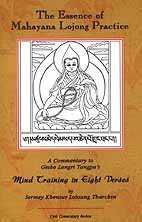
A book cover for The Essence of Mahayana Lojong Practice: An Oral Commentary to Geshe Langri Tangpa's Mind Training in Eight Verses; Sermey Geshe Lobsang Tharchin; Religion & Spirituality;